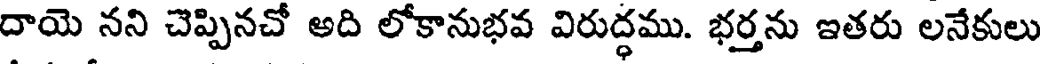
దాయె నని చెప్పినచో అది లోకానుభవ విరుద్ధము. భర్తను ఇతరు లనేకులు